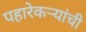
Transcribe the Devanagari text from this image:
पहारेकर्‍यांची